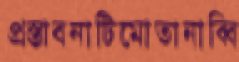
প্রস্তাবনাটিমোতানাব্বি